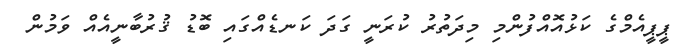
ޕީޕީއެމްގެ ކަޅުއޮއްފުންމި މިދަތުރު ކުރަނީ ގަދަ ކަނޑެއްގައި ބޮޑު ޤުރުބާނީއެއް ވަމުން